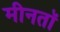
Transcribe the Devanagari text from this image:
मीनतॉ